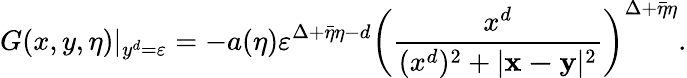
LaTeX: G(x,y,\eta)|_{y^{d}=\varepsilon}=-a(\eta)\varepsilon^{\Delta+\bar{\eta}\eta-d}\left(\frac{x^{d}}{(x^{d})^{2}+|\mathbf{x-y}|^{2}}\right)^{\Delta+\bar{\eta}\eta}.